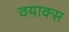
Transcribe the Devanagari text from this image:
वयाक्स